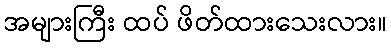
အများကြီး ထပ် ဖိတ်ထားသေးလား။